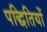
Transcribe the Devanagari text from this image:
पद्धितियों